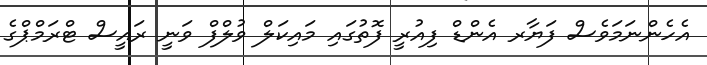
އެހެންނަމަވެސް ފަޔާރ އެންޑް ފިއުރީ ފޮތުގައި މައިކަލް ވުލްފް ވަނީ ރައީސް ޓްރަމްޕްގެ